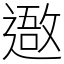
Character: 䢩